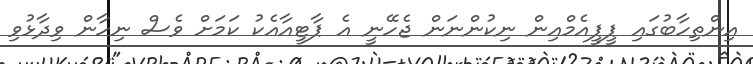
އިންތިހާބުގައި ޕީޕީއެމްއިން ނިކުންނަން ޖެހޭނީ އެ ޕާޓީއާއެކު ކަމަށް ވެސް ނިހާން ވިދާޅުވި